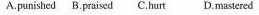
A.punished B.praised C.hurt D.mastered